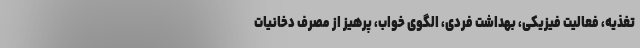
تغذیه، فعالیت فیزیکی، بهداشت فردی، الگوی خواب، پرهیز از مصرف دخانیات